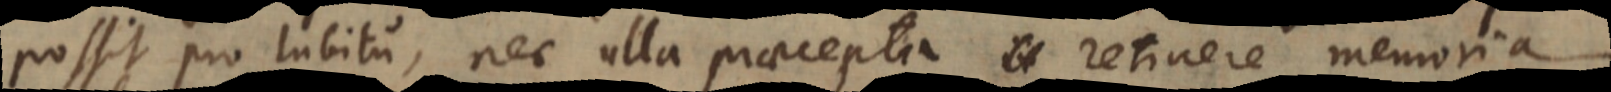
possit pro lubitu, nec ulla praecepta retinere memoria